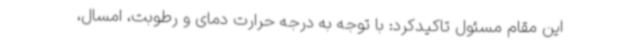
این مقام مسئول تاکیدکرد: با توجه به درجه حرارت دمای و رطوبت، امسال،